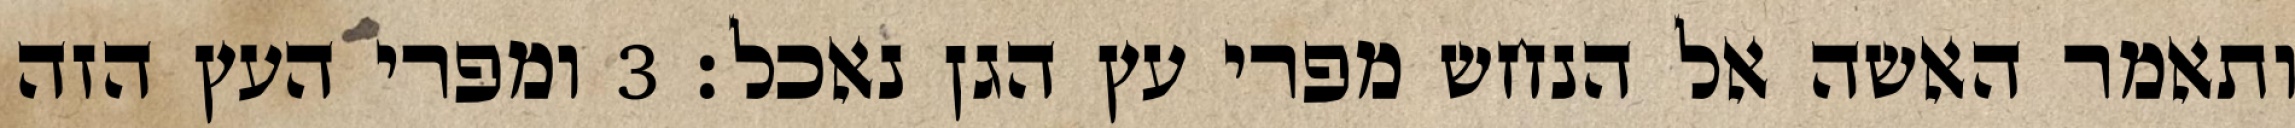
ותאמר האשה אל הנחש מפרי עץ הגן נאכל׃ ‎3‏ ומפרי העץ הזה